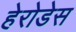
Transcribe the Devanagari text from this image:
हेरोडेस